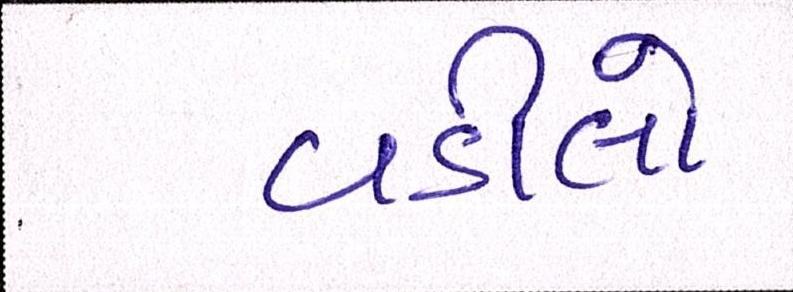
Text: વડીલો